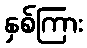
နှစ်ကြား